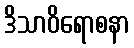
ဒိသာဝိရောစနာ